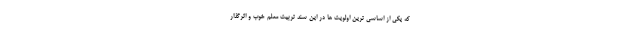
که یکی از اساسی ترین اولویت ها در این سند تربیت معلم خوب و اثرگذار